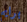
برايم